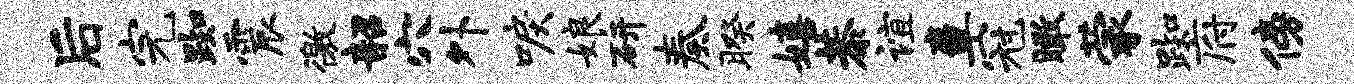
后完踟震徼韶穴外唳娘研奏暌嬉恭谊章冠瞰蒙踟府傍